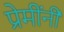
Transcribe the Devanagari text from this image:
प्रेमींनी